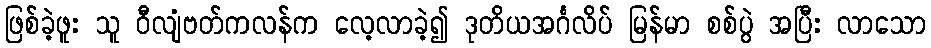
ဖြစ်ခဲ့ဖူး သူ ဝီလျံဗတ်ကလန်က လေ့လာခဲ့၍ ဒုတိယအင်္ဂလိပ် မြန်မာ စစ်ပွဲ အပြီး လာသော